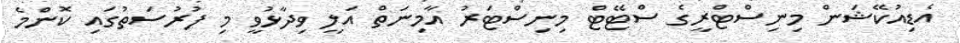
އެޑިއުކޭޝަން މިނިސްޓްރީގެ ސްޓޭޓް މިނިސްޓަރު އާމިނަތް އަލީ ވިދާޅުވީ މި ފުރުސަތުގައި ކޮންމެ